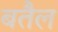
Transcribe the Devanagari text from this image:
बतैल